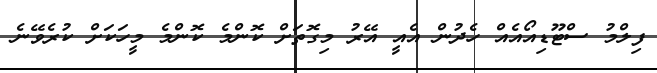
ފިލްމު ސްޓޫޑިއޯއެއް ހެދުން އެއީ އޭރު މިގޮތަށް ކޮންމެ ކޮންމެ މީހަކަށް ކުރެވޭނެ